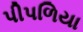
પીપળિયા